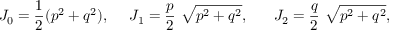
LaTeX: J _ { 0 } = \frac { 1 } { 2 } ( p ^ { 2 } + q ^ { 2 } ) , ~ ~ ~ ~ J _ { 1 } = \frac { p } { 2 } ~ \sqrt { p ^ { 2 } + q ^ { 2 } } , ~ ~ ~ ~ ~ J _ { 2 } = \frac { q } { 2 } ~ \sqrt { p ^ { 2 } + q ^ { 2 } } ,